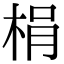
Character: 梋